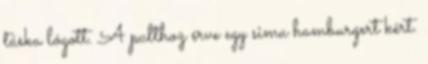
táska lógott. A pulthoz érve egy sima hamburgert kért.